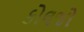
કોલજો